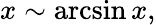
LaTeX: x\sim\arcsin x,